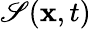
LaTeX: \mathscr{S}(\mathbf{{x}},t)